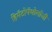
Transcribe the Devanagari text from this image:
हिमॅटोपॅथोलॉजी